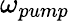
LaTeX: \omega_{pump}